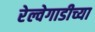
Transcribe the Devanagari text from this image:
रेल्वेगाडीच्या